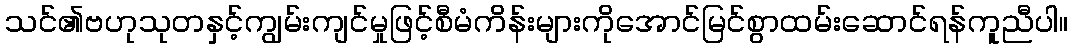
သင်၏ဗဟုသုတနှင့်ကျွမ်းကျင်မှုဖြင့်စီမံကိန်းများကိုအောင်မြင်စွာထမ်းဆောင်ရန်ကူညီပါ။